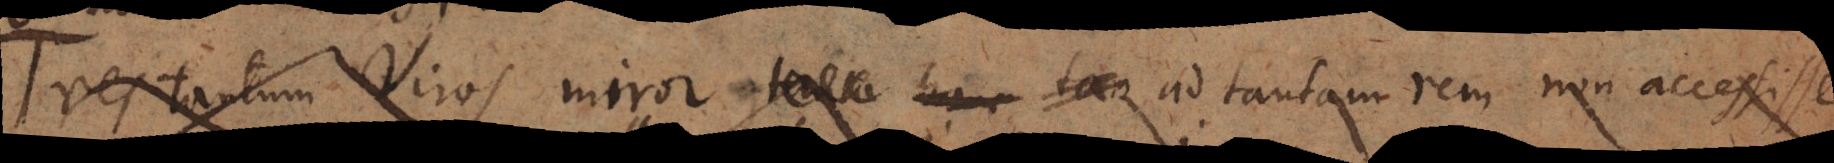
Tres tamen Viros miror _ hanc tam ad tantam rem non accessisse